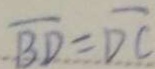
\overline { B D } = \overline { D C }